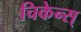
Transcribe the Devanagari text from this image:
चिकेन्स्